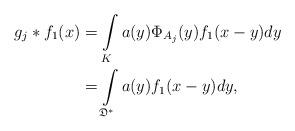
LaTeX: \begin{align*} g_j \ast f_1(x) & = \int\limits_{K} a(y)\Phi_{A_j}(y)f_1(x-y)dy\\&= \int\limits_{\mathfrak{D}^*} a(y)f_1(x-y)dy,\end{align*}